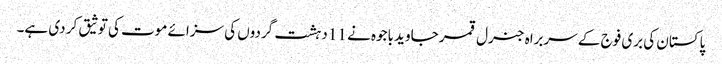
پاکستان کی بری فوج کے سربراہ جنرل قمر جاوید باجوہ نے 11 دہشت گردوں کی سزائے موت کی توثیق کر دی ہے۔